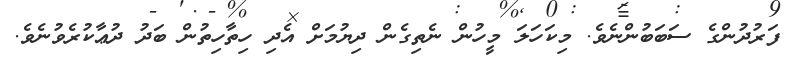
ފަރުދުންގެ ސަބަބުންނެވެ. މިކަހަލަ މީހުން ނެތިގެން ދިޔުމަށް އެދި ހިތާހިތުން ބަދު ދުޢާކުރެވުނެވެ.